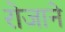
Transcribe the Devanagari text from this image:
रोजाने